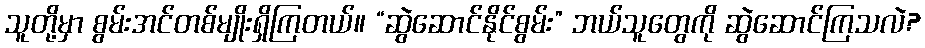
သူတို့မှာ စွမ်းအင်တစ်မျိုးရှိကြတယ်။ “ဆွဲဆောင်နိုင်စွမ်း” ဘယ်သူတွေကို ဆွဲဆောင်ကြသလဲ?